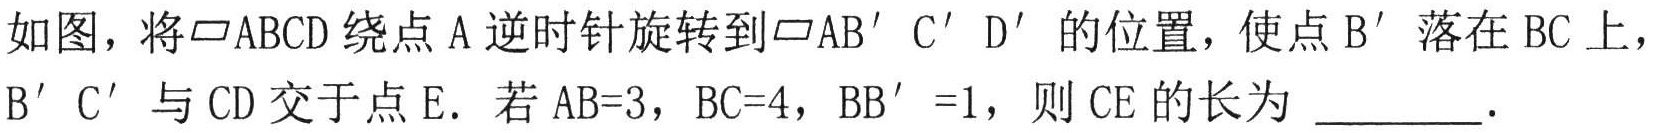
如图，将\(\parallelogram ABCD\)绕点\(A\)逆时针旋转到\(\parallelogram AB'C'D'\)的位置，使点\(B'\)落在\(BC\)上，\(B'C'\)与\(CD\)交于点\(E\). 若\(AB = 3\)，\(BC = 4\)，\(BB' = 1\)，则\(CE\)的长为 \_\_\_\_\_ .